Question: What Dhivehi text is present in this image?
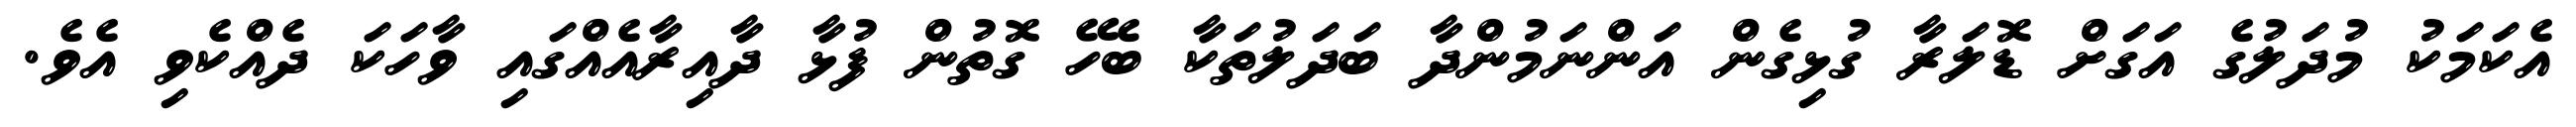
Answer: އެކަމަކު މުދަލުގެ އަގަށް ޑޮލަރާ ގުޅިގެން އަންނަމުންދާ ބަދަލުތަކާ ބެހޭ ގޮތުން ފުޅާ ދާއިރާއެއްގައި ވާހަކަ ދެއްކެވި އެވެ.